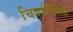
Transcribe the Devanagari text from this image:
चित्रशैलीशी